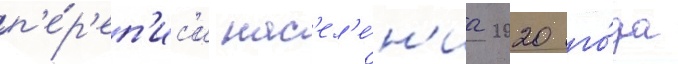
п'е́р'еп'ис'и нас'ел'е́н'иа 2020 го́да